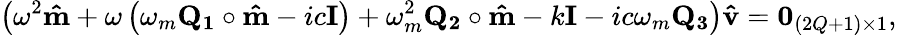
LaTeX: \left(\omega^{2}\mathbf{\hat{m}}+\omega\left(\omega_{m}\mathbf{Q_{1}}\circ\mathbf{\hat{m}}-ic\mathbf{I}\right)+\omega_{m}^{2}\mathbf{Q_{2}}\circ\mathbf{\hat{m}}-k\mathbf{I}-ic\omega_{m}\mathbf{Q_{3}}\right)\mathbf{\hat{v}}=\mathbf{0}_{(2Q+1)\times 1},